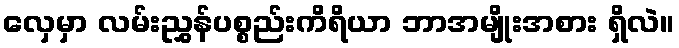
လှေမှာ လမ်းညွှန်ပစ္စည်းကိရိယာ ဘာအမျိုးအစား ရှိလဲ။